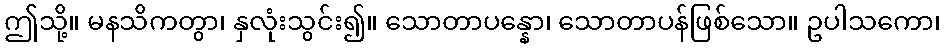
ဤသို့။ မနသိကတွာ၊ နှလုံးသွင်း၍။ သောတာပန္နော၊ သောတာပန်ဖြစ်သော။ ဥပါသကော၊